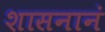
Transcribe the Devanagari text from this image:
शासनानं